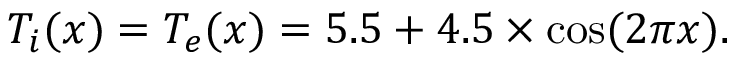
T _ { i } ( x ) = T _ { e } ( x ) = 5 . 5 + 4 . 5 \times \cos ( 2 \pi x ) .